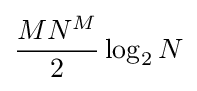
{\frac {MN^{M}}{2}}\log _{2}N